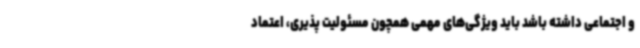
و اجتماعی داشته باشد باید ویژگی‌های مهمی همچون مسئولیت پذیری، اعتماد